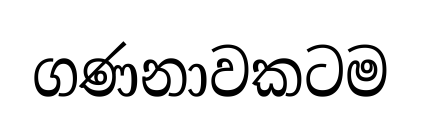
ගණනාවකටම